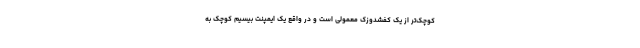
کوچک‌تر از یک کفشدوزک معمولی است و در واقع یک ایمپنت بیسیم کوچک به